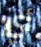
أي